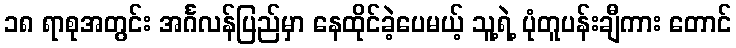
၁၈ ရာစုအတွင်း အင်္ဂလန်ပြည်မှာ နေထိုင်ခဲ့ပေမယ့် သူ့ရဲ့ ပုံတူပန်းချီကား တောင်